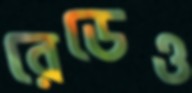
রেডেও